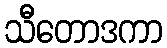
သီတောဒကာ